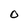
Character: O